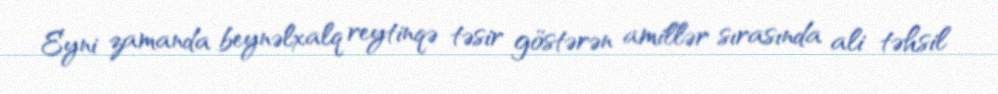
Eyni zamanda beynəlxalq reytinqə təsir göstərən amillər sırasında ali təhsil